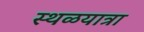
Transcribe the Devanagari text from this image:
स्थळयात्रा